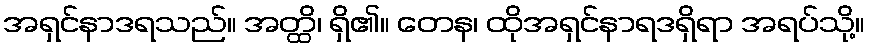
အရှင်နာဒရသည်။ အတ္ထိ၊ ရှိ၏။ တေန၊ ထိုအရှင်နာရဒရှိရာ အရပ်သို့။